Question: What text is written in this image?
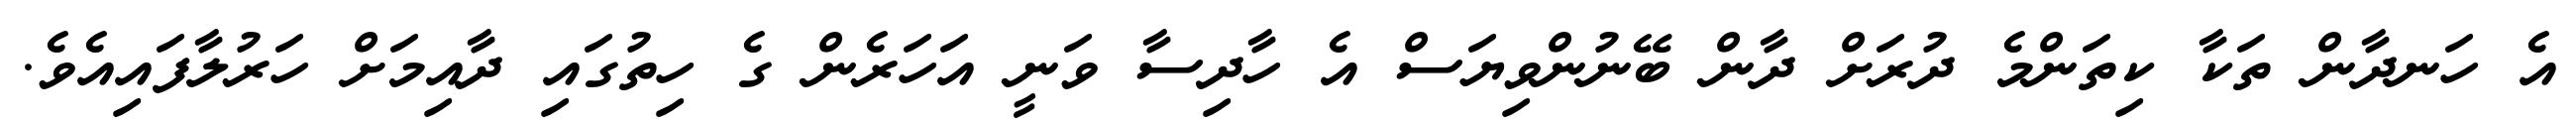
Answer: އެ ހަނދާން ތަކާ ކިތަންމެ ދުރަށް ދާން ބޭނުންވިޔަސް އެ ހާދިސާ ވަނީ އަހަރެން ގެ ހިތުގައި ދާއިމަށް ހަރުލާފައިއެވެ.